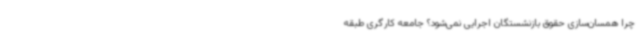
چرا همسان‌سازی حقوق بازنشستگان اجرایی نمی‌شود؟ جامعه کارگری طبقه